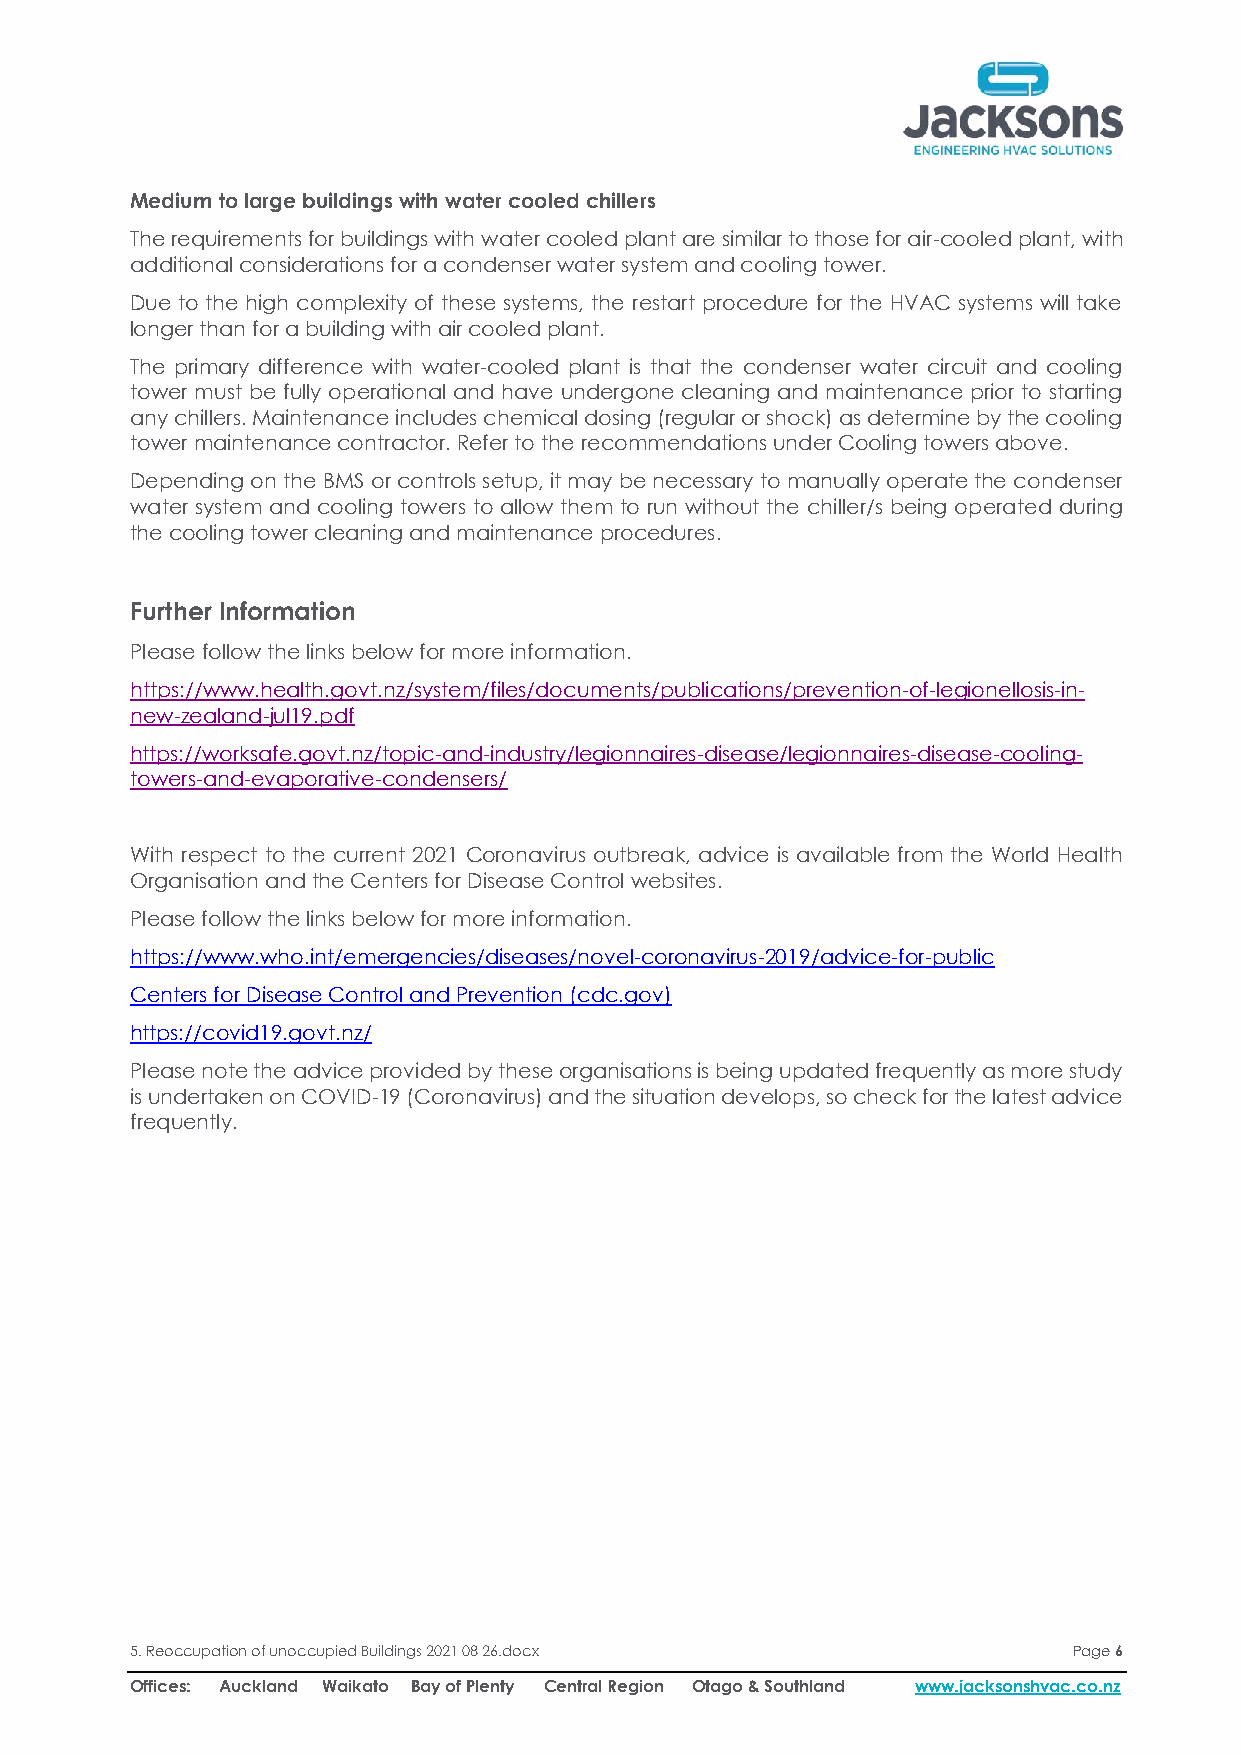
Medium to large buildings with water cooled chillers
 The requirements for buildings with water cooled plant are similar to those for air-cooled plant, with
 additional considerations for a condenser water system and cooling tower.
 Due to the high complexity of these systems, the restart procedure for the HVAC systems will take
 longer than for a building with air cooled plant.
 The primary difference with water-cooled plant is that the condenser water circuit and cooling
 tower must be fully operational and have undergone cleaning and maintenance prior to starting
 any chillers. Maintenance includes chemical dosing (regular or shock) as determine by the cooling
 tower maintenance contractor. Refer to the recommendations under Cooling towers above.
 Depending on the BMS or controls setup, it may be necessary to manually operate the condenser
 water system and cooling towers to allow them to run without the chiller/s being operated during
 the cooling tower cleaning and maintenance procedures.
 Further Information
 Please follow the links below for more information.
 https://www.health.govt.nz/system/files/documents/publications/prevention-of-legionellosis-in-
 new-zealand-jul19.pdf
 https://worksafe.govt.nz/topic-and-industry/legionnaires-disease/legionnaires-disease-cooling-
 towers-and-evaporative-condensers/
 With respect to the current 2021 Coronavirus outbreak, advice is available from the World Health
 Organisation and the Centers for Disease Control websites.
 Please follow the links below for more information.
 https://www.who.int/emergencies/diseases/novel-coronavirus-2019/advice-for-public
 Centers for Disease Control and Prevention (cdc.gov)
 https://covid19.govt.nz/
 Please note the advice provided by these organisations is being updated frequently as more study
 is undertaken on COVID-19 (Coronavirus) and the situation develops, so check for the latest advice
 frequently.
 5. Reoccupation of unoccupied Buildings 2021 08 26.docx       Page 6
 Offices: Auckland Waikato Bay of Plenty Central Region Otago & Southland www.jacksonshvac.co.nz